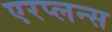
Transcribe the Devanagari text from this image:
एरप्लन्स